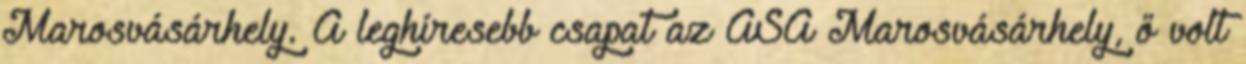
Marosvásárhely. A leghíresebb csapat az ASA Marosvásárhely, ő volt